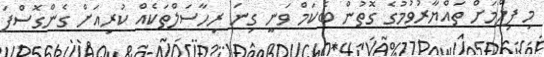
މި ފިލްމަށް ތައްޔާރުވުމުގެ ގޮތުން ބެކަމް ވަނީ ގިނަ ރިހާސަލްތަކެއް ކުރިއަށް ގެންގޮސްފަ